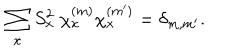
LaTeX: \sum _ { x } S _ { x } ^ { 2 } \ \chi _ { x } ^ { ( m ) } \chi _ { x } ^ { ( m ^ { \prime } ) } = \delta _ { m , m ^ { \prime } } .